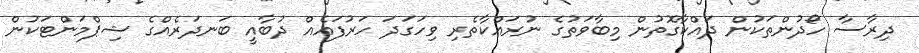
ދިރާސާ ހޯދުންތަކުން ދައްކާގޮތުން މިބާވަތުގެ ނުރައްކާތެރި ވިހަގަދަ ހަރުފައެއް ދުބާއީ ބަނދަރެއްގެ ޝިޕްމަންޓަކުން